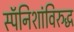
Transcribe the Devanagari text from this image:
स्पॅनिशांविरुद्ध